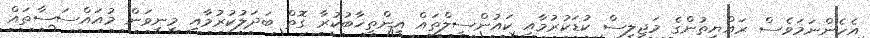
އެހެންނަމަވެސް ރައްޔިތުންގެ މަޖިލިސް ކުޑަކުރުމާއި ކައުންސިލްތައް އިންތިޚާބުކުރާ ގޮތް ބަދަލުކުރުމާއި މިނިވަން މުއައްސަސާތައް